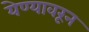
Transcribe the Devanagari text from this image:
येण्यावरून